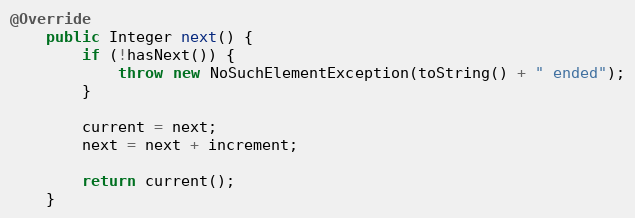
Language: Java
@Override
	public Integer next() {
		if (!hasNext()) {
			throw new NoSuchElementException(toString() + " ended");
		}

		current = next;
		next = next + increment;

		return current();
	}